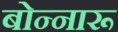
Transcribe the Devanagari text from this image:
बोन्नारू